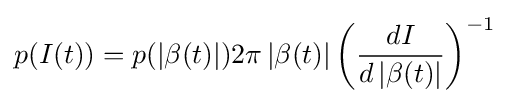
p(I(t))=p(\left\vert \beta (t)\right\vert )2\pi \left\vert \beta (t)\right\vert {\left({\frac {dI}{d\left\vert \beta (t)\right\vert }}\right)}^{-1}